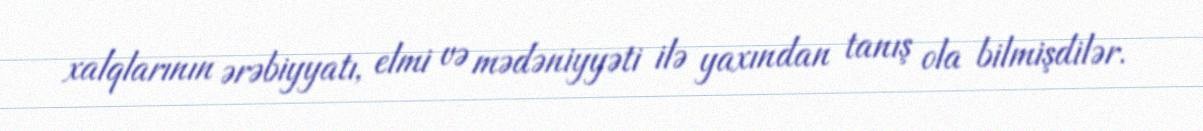
xalqlarının ərəbiyyatı, elmi və mədəniyyəti ilə yaxından tanış ola bilmişdilər.